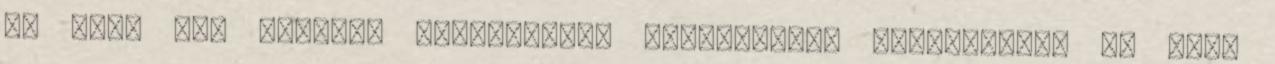
az ELTE TTK Doktori Szabályzata Jegyzőkönyv Felvétetett az ELTE